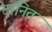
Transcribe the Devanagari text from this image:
दानित